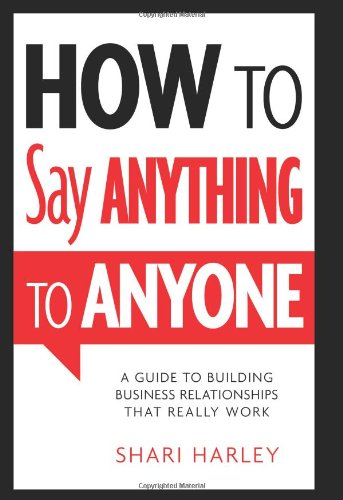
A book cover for How to Say Anything to Anyone: A Guide to Building Business Relationships That Really Work; Shari Harley; Business & Money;